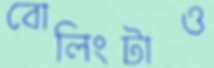
বোলিংটাও